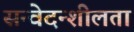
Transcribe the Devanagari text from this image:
सन्वेदन्शीलता